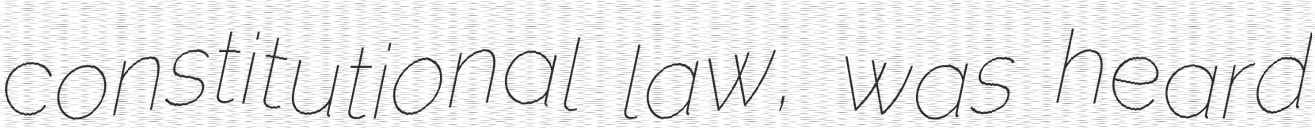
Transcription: constitutional law, was heard